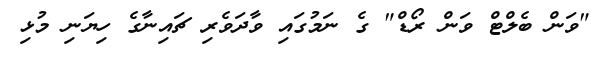
"ވަން ބެލްޓް ވަން ރޯޑް" ގެ ނަމުގައި ވާދަވެރި ޗައިނާގެ ހިޔަނި މުޅި